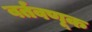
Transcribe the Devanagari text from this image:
वर्तवणूक